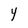
Character: 4